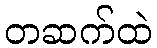
တဆက်ထဲ